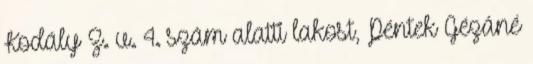
Kodály Z. u. 4. szám alatti lakost, Péntek Gézáné